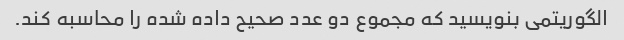
الگوریتمی بنویسید که مجموع دو عدد صحیح داده شده را محاسبه کند.